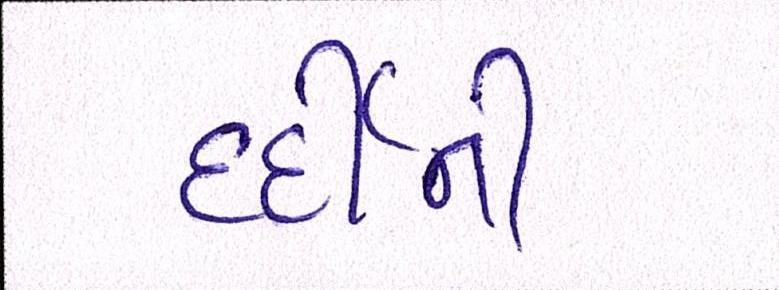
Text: દર્દીની